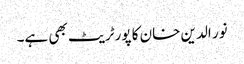
نور الدین خان کا پورٹریٹ بھی ہے۔